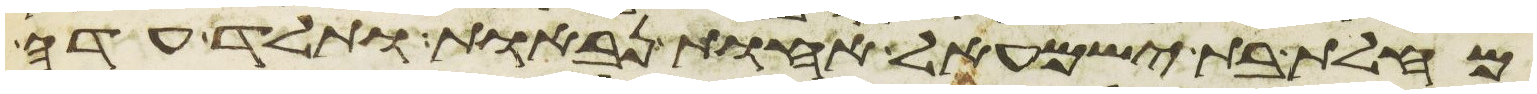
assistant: מחלת בת ישמעאל אחות נבאות ותלד עדה